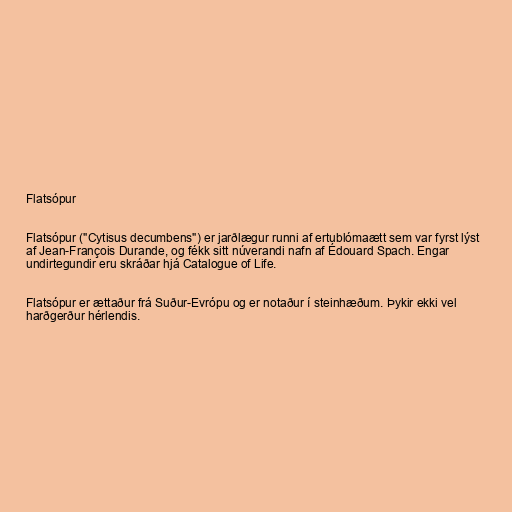
Flatsópur

Flatsópur ("Cytisus decumbens") er jarðlægur runni af ertublómaætt sem var fyrst lýst
af Jean-François Durande, og fékk sitt núverandi nafn af Édouard Spach. Engar
undirtegundir eru skráðar hjá Catalogue of Life.

Flatsópur er ættaður frá Suður-Evrópu og er notaður í steinhæðum. Þykir ekki vel
harðgerður hérlendis.